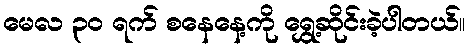
မေလ ၃၀ ရက် စနေနေ့ကို ရွှေ့ဆိုင်းခဲ့ပါတယ်။